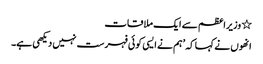
٭ وزیراعظم سے ایک ملاقات
انھوں نے کہا کہ ’ہم نے ایسی کوئی فہرست نہیں دیکھی ہے۔